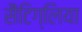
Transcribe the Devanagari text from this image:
सैंटिग्लिया